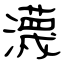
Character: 瀎